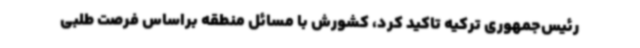
رئیس‌جمهوری ترکیه تاکید کرد، کشورش با مسائل منطقه براساس فرصت طلبی